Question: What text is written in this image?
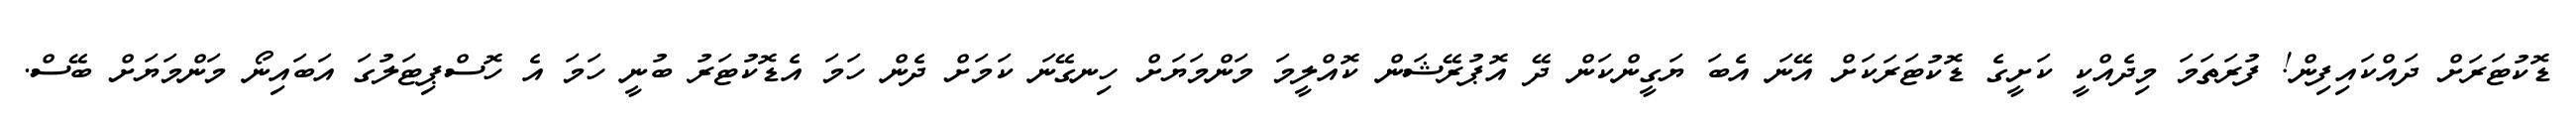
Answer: ޑޮކުޓަރަށް ދައްކައިފިން! ފުރަތަމަ މިދެއްކީ ކަށީގެ ޑޮކުޓަރަކަށް އޭނަ އެބަ ޔަގީންކަން ދޭ އޮޕުރޭޝަން ކޮއްލީމަ މަންމަޔަށް ހިނގޭނަ ކަމަށް ދެން ހަމަ އެޑޮކުޓަރު ބުނީ ހަމަ އެ ހޮސްޕިޓަލުގަ އަބައިނޯ މަންމަޔަށް ބޭސް.